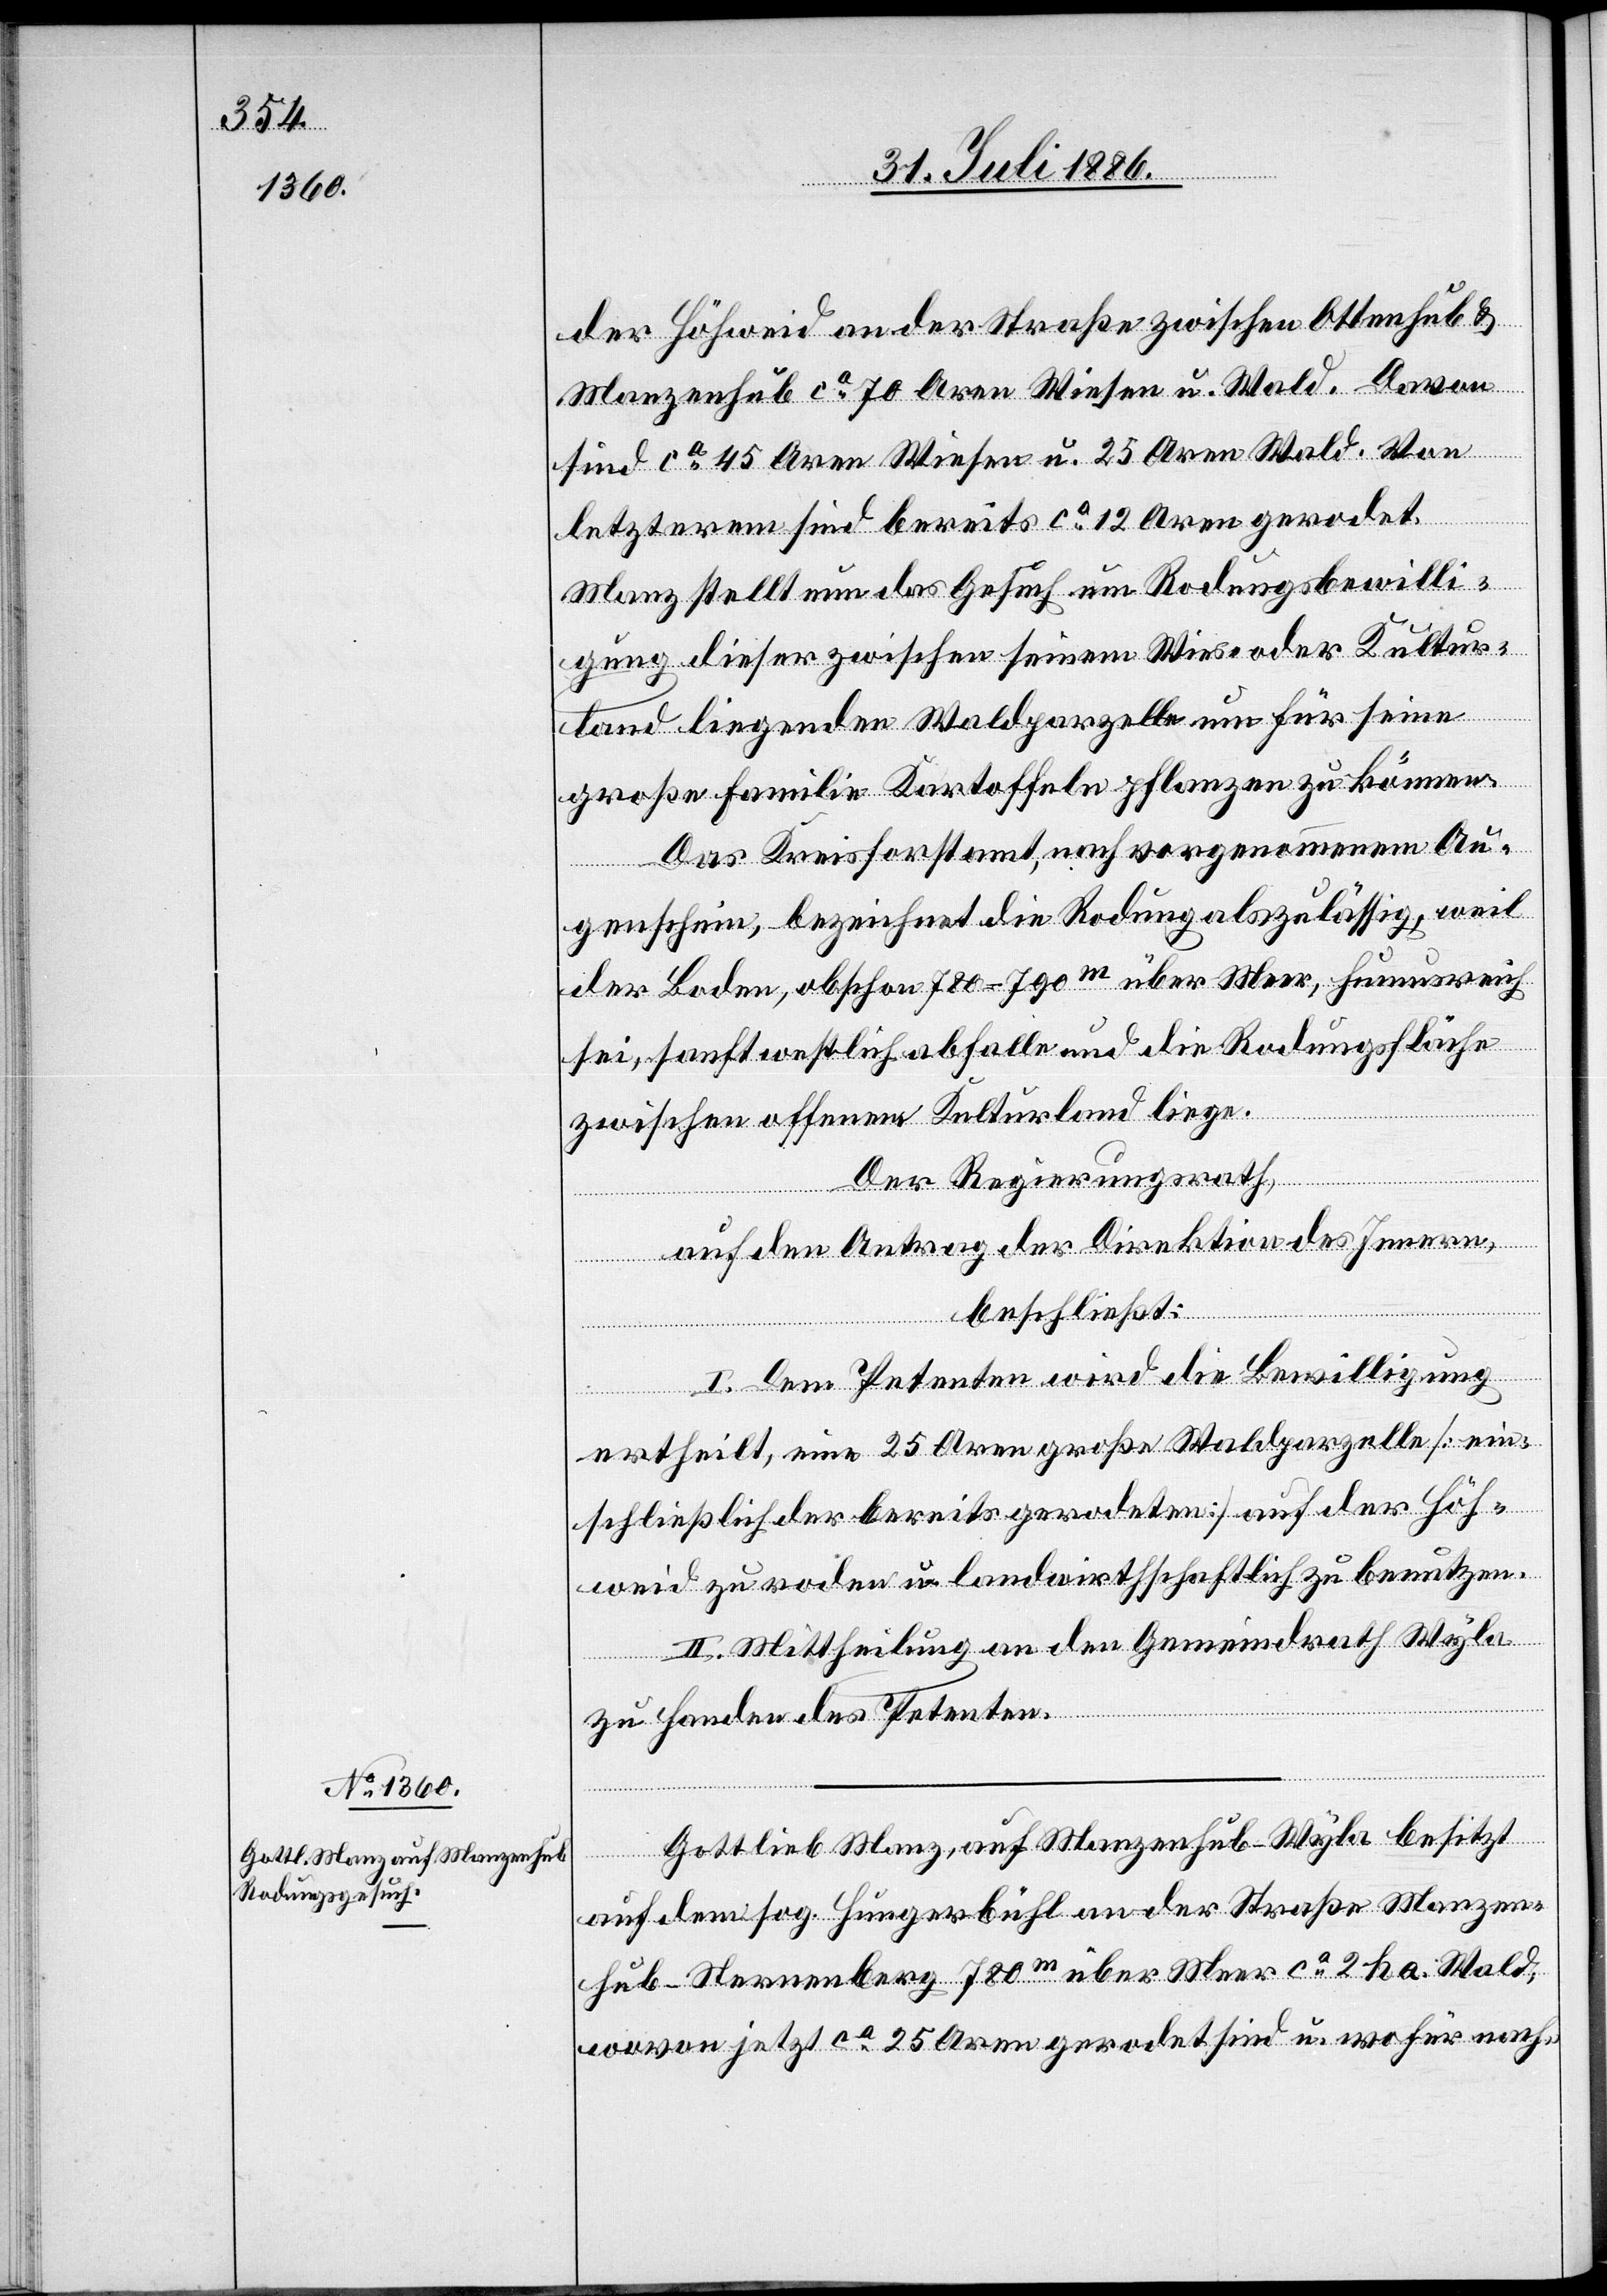
der Höhweid an der Straße zwischen Ottenhub &
Manzenhub ca 70 Aren Wiesen u. Wald. Davon
sind ca 45 Aren Wiesen und 25 Aren Wald. Von
letzterem sind bereits ca 12 Aren gerodet.
Manz stellt nun das Gesuch um Rodungsbewilli¬
gung dieser zwischen seinem Wies- oder Kultur¬
land liegenden Waldparzelle um für seine
große Familie Kartoffeln pflanzen zu können.
Das Kreisforstamt, nach vorgenommenem Au¬
genschein, bezeichnet die Rodung als zulässig, weil
der Boden, obschon 780–790 über Meer, humusreich
sei, sanft westlich abfalle und die Rodungsfläche
zwischen offenem Kulturland liege.
Der Regierungsrath,
auf den Antrag der Direktion des Innern,
beschließt:
I. Dem Petenten wird die Bewilligung
ertheilt, eine 25 Aren große Waldparzelle [ein¬
schließlich der bereits gerodeten] auf der Höh¬
weid zu roden u. landwirthschaftlich zu benutzen.
II. Mittheilung an den Gemeindrath Wyla
zu Handen des Petenten.
Gottlieb Manz, auf Manzenhub - Wyla besitzt
auf dem sog. Hungerbühl an der Straße Manzen¬
hub - Sternenberg 780m über Meer ca 2 ha Wald,
wovon jetzt ca 25 Aaren gerodet sind u. wofür nach-